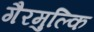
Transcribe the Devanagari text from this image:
गैरमुल्कि